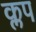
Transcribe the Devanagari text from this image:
क्लप